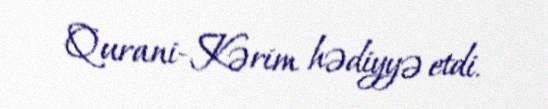
Qurani-Kərim hədiyyə etdi.